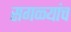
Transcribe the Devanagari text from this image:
सगळ्यांच